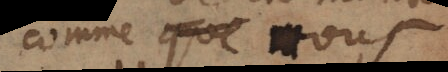
comme que vous